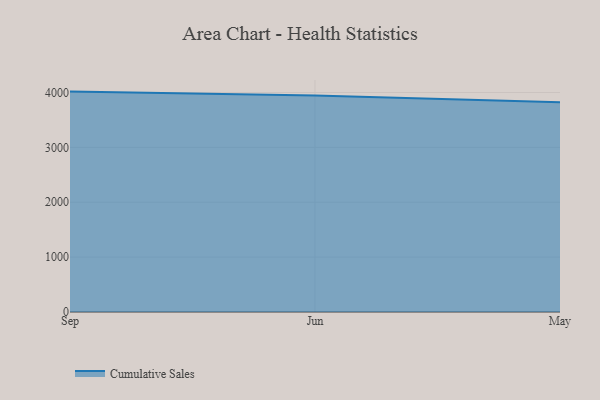
{"axis": {"x": "Month", "y": "Churn Rate (%)"}, "legend": ["Cumulative Sales"], "data": [{"x": "Sep", "y": 4016.1, "type": "Cumulative Sales"}, {"x": "Jun", "y": 3943.5, "type": "Cumulative Sales"}, {"x": "May", "y": 3821.5, "type": "Cumulative Sales"}]}